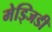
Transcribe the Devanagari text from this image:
मेड्जिडी